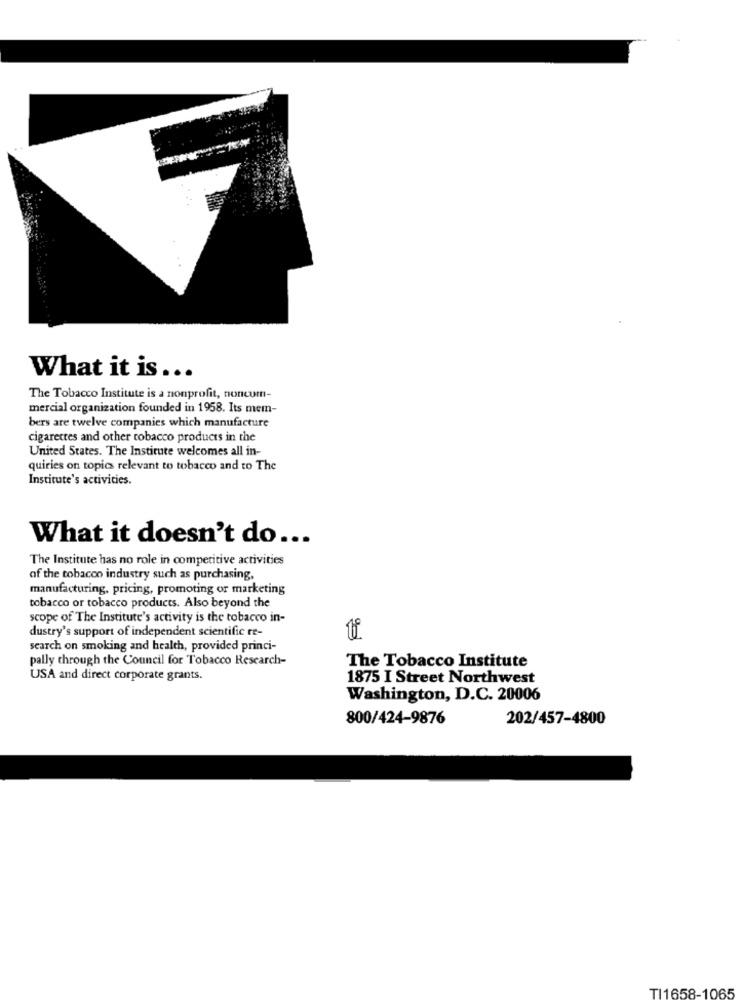
What it is ...
The Tobacco Institute is a nonprofit, noncum-
mercial organization founded in 1958. Its mem-
bers are twelve companies which manufacture
cigarettes and other tobacco products in the
United States. The Institute welcomes all in-
quiries on topics relevant to tobacco and to The
Institute's activities.
What it doesn't do ...
The Institute has no role in competitive activities
of the tobacco industry such as purchasing,
manufacturing, pricing, promoting or marketing
tobacco or tobacco products. Also beyond the
scope of The Institute's activity is the tobacco in-
dustry's support of independent scientific re-
tf
search on smoking and health, provided princi-
pally through the Council for Tobacco Research-
The Tobacco Institute
USA and direct corporate grants.
1875 I Street Northwest
Washington, D.C. 20006
800/424-9876
202/457-4800
TI1658-1065